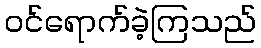
ဝင်ရောက်ခဲ့ကြသည်